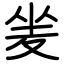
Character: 夎